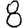
Digit: 8